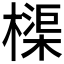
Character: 𬄨